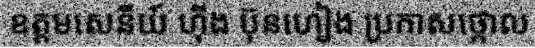
ឧត្តមសេនីយ៍ ហ៊ីង ប៊ុនហៀង ប្រកាសថ្កោល